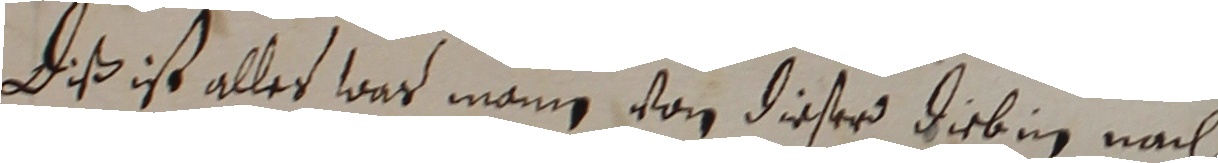
Diß ist alles war mann von dieser diebin nach